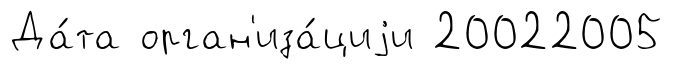
Да́та орган'иза́циjи 20022005